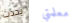
يحدث معلمتي